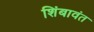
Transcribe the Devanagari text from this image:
शिंबावंत